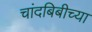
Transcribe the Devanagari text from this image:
चांदबिबीच्या